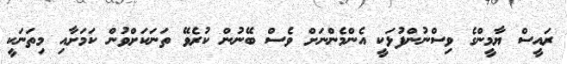
ރައީސް ޔާމީންގެ ވިސްނުންފުޅަކީ އެންމެންނަށް ވެސް ބޭނުން ކުރެވޭ ތަނަކަށްވުން ކަމަށާއި މިތަނަކީ